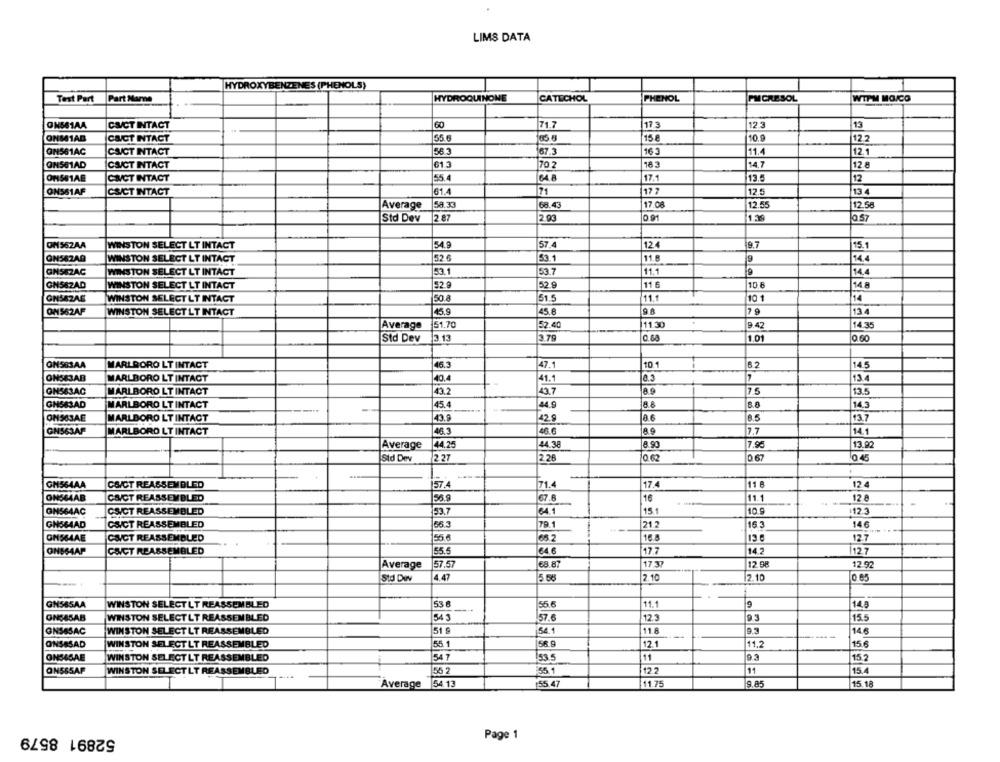
LIMS DATA
HYDROXYBENZENES (PHENOLS)
Test Part
Part Marne
HYDROQUINONE
CATECHOL
PHENOL
PMCRESOL
WTPM MOICO
CACT INTACT
71.7
17.3
12.3
13
ONMIAB
55.6
15 8
10.9
12.2
CECT INTACT
ONS61AC
CACT INTACT
56.3
67.3
163
11.4
12.1
ONS61AD
CS/CT INTACT
613
70 2
163
14.7
12 8
OMISE1AE
CINCT INTACT
55.4
64.8
17.1
13.5
12
CS/CT INTACT
61.4
71
17 7
13.4
ON561AF
12.5
Average
58 33
68.43
17.08
12.55
12.58
Std Dev
2 87
2.93
0.91
Ja 57
ON562AA
WINSTON SELECT LT INTACT
54.9
57.4
124
9.7
15.1
ON542AD
WINSTON SELECT LT INTACT
52 6
53.1
11.
9
14.4
GN582AC
WINSTON SELECT LT INTACT
53.1
53.7
11.1
9
14.4
11 F
GN582AD
WINSTON SELECT LT INTACT
52.9
52.9
10 8
14.8
GNSEZAE
WINSTON SELECT LT INTACT
50.8
51.5
11.1
10 1
14
OM 562AF
WINSTON SELECT LT INTACT
45.9
45.6
9.8
13 4
Average
151.70
52.40
11.30
9.42
14.35
Std Dev
3.13
3.79
0.68
1.01
0.60
ONSSSAA
MARLBORO LT INTACT
46.
47.1
10
6.2
14.5
ONSE3AB
MARLBORO LT INTACT
40.4
41.1
13.4
ONS63AC
MARLBORO LT INTACT
43.2
43.7
7.5
135
GNS83AD
MARLBORO LT INTACT
45.4
44.9
8.8
8.8
14.3
ONS63AE
MARLBORO LT INTACT
43.9
42 9
6.5
13.7
GNS63AP
MARLBORO LT INTACT
46.3
48.6
7.7
14.1
44.38
13.92
Average
|44.25
8.90
7.90
Std Dev
2.27
2.26
0.62
0 67
GM564AA
C&/CT REASSEMBLED
57.4
71.4
17.4
116
12.4
ON564AB
CECT REASSEMBLED
56.9
67.6
16
11.1
12 8
ONS64AC
CSICT REASSEMBLED
53.7
64.1
15.1
10.
112.3
GN564AD
CS/CT REASSEMBLED
56.3
79.1
21.2
15. 3
146
GNS64AE
CAVCT REASSEMBLED
55.0
65.2
16.4
13.6
127
GNSS4AP
CECT REASSEMBLED
55.5
€4.6
17.7
14.2
1127
Average
57.57
68.87
17 37
12 98
12.92
Std Dov
4.47
5.56
2.10
2.10
WINSTON SELECTLT REASSEMBLED
55.6
9
GNS65AA
53 6
11.1
14.8
ONS85AB
WINSTON SELECTLT REASSEMBLED
54 3
57.6
12.3
9.3
15.5
ONS&SAC
WINSTON SELECT LT REASSEMBLED
51
54.1
11.8
9.5
14.6
--
ONSESAD
WINSTON SELECT LT REASSEMBLED
55.1
56.9
12.1
11.2
156
ONSASAE
WINSTON SELECT LT REASSEMBLED
154 7
53.5
11
93
15.2
ONSS5AF
WINSTON SELECTLT REASSEMBLED
55 2
55.1
12.2
11
15.4
Average
54 13
55.47
11.75
9,85
15.18
52891 8579
Page 1